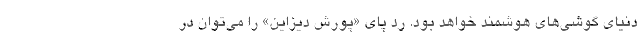
دنیای گوشی‌های هوشمند خواهد بود. رد پای «پورش دیزاین» را می‌توان در